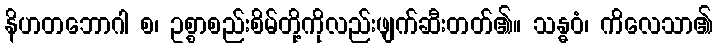
နိဟတဘောဂါ စ၊ ဥစ္စာစည်းစိမ်တို့ကိုလည်းဖျက်ဆီးတတ်၏။ သန္ဓဝံ၊ ကိလေသာ၏